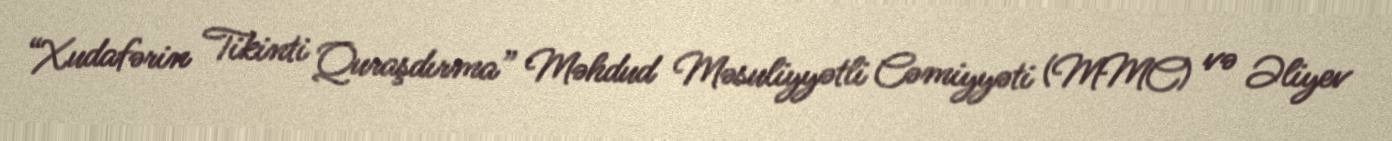
“Xudafərin Tikinti Quraşdırma” Məhdud Məsuliyyətli Cəmiyyəti (MMC) və Əliyev